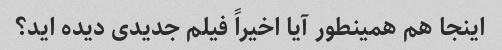
اینجا هم همینطور آیا اخیراً فیلم جدیدی دیده اید؟